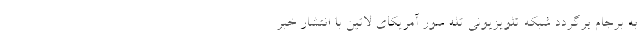
به برجام برگردد شبکه تلویزیونی تله سور آمریکای لاتین با انتشار خبر